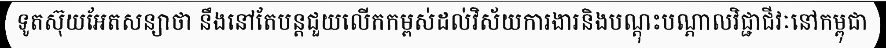
ទូតស៊ុយអែតសន្យាថា នឹងនៅតែបន្តជួយលើកកម្ពស់ដល់វិស័យការងារនិងបណ្តុះបណ្តាលវិជ្ជាជីវៈនៅកម្ពុជា